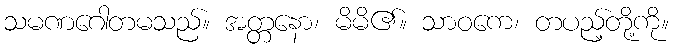
သမဏဂေါတမသည်။ အတ္တနော၊ မိမိ၏။ သာဝကေ၊ တပည့်တို့ကို။